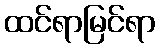
ထင်ရာမြင်ရာ